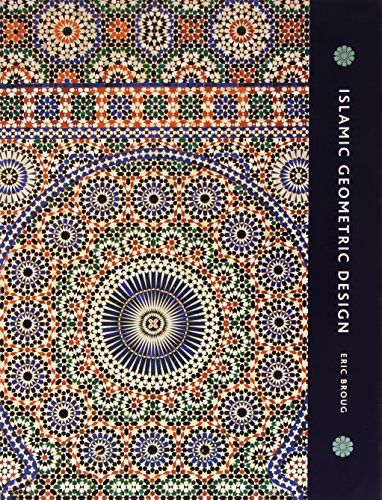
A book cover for Islamic Geometric Design; Eric Broug; Arts & Photography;